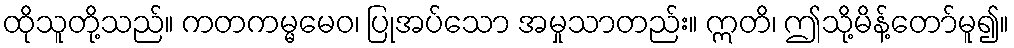
ထိုသူတို့သည်။ ကတကမ္မမေဝ၊ ပြုအပ်သော အမှုသာတည်း။ ဣတိ၊ ဤသို့မိန့်တော်မူ၍။